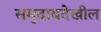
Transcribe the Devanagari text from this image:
समुदायदेखील